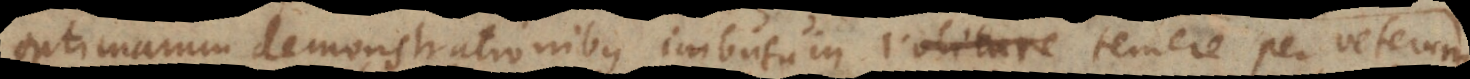
optimarum demonstrationibus imbutum temere per veterum